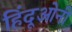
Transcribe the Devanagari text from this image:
हिंदूओनी